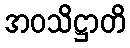
အဝသိဋ္ဌာတိ